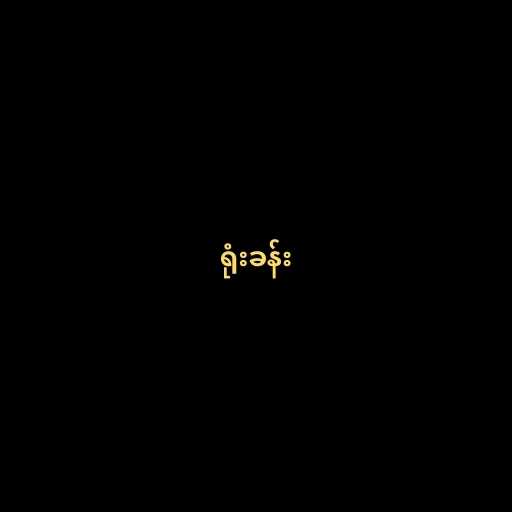
ရုံးခန်း